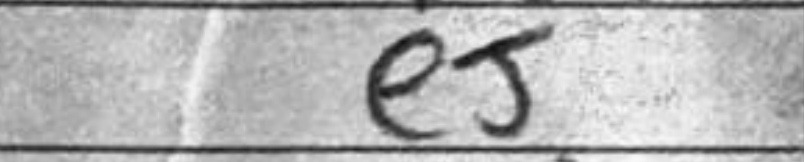
Transcription: e5